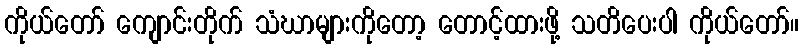
ကိုယ်တော် ကျောင်းတိုက် သံဃာများကိုတော့ တောင့်ထားဖို့ သတိပေးပါ ကိုယ်တော်။